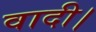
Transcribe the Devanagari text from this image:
वादी।